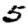
Digit: 5